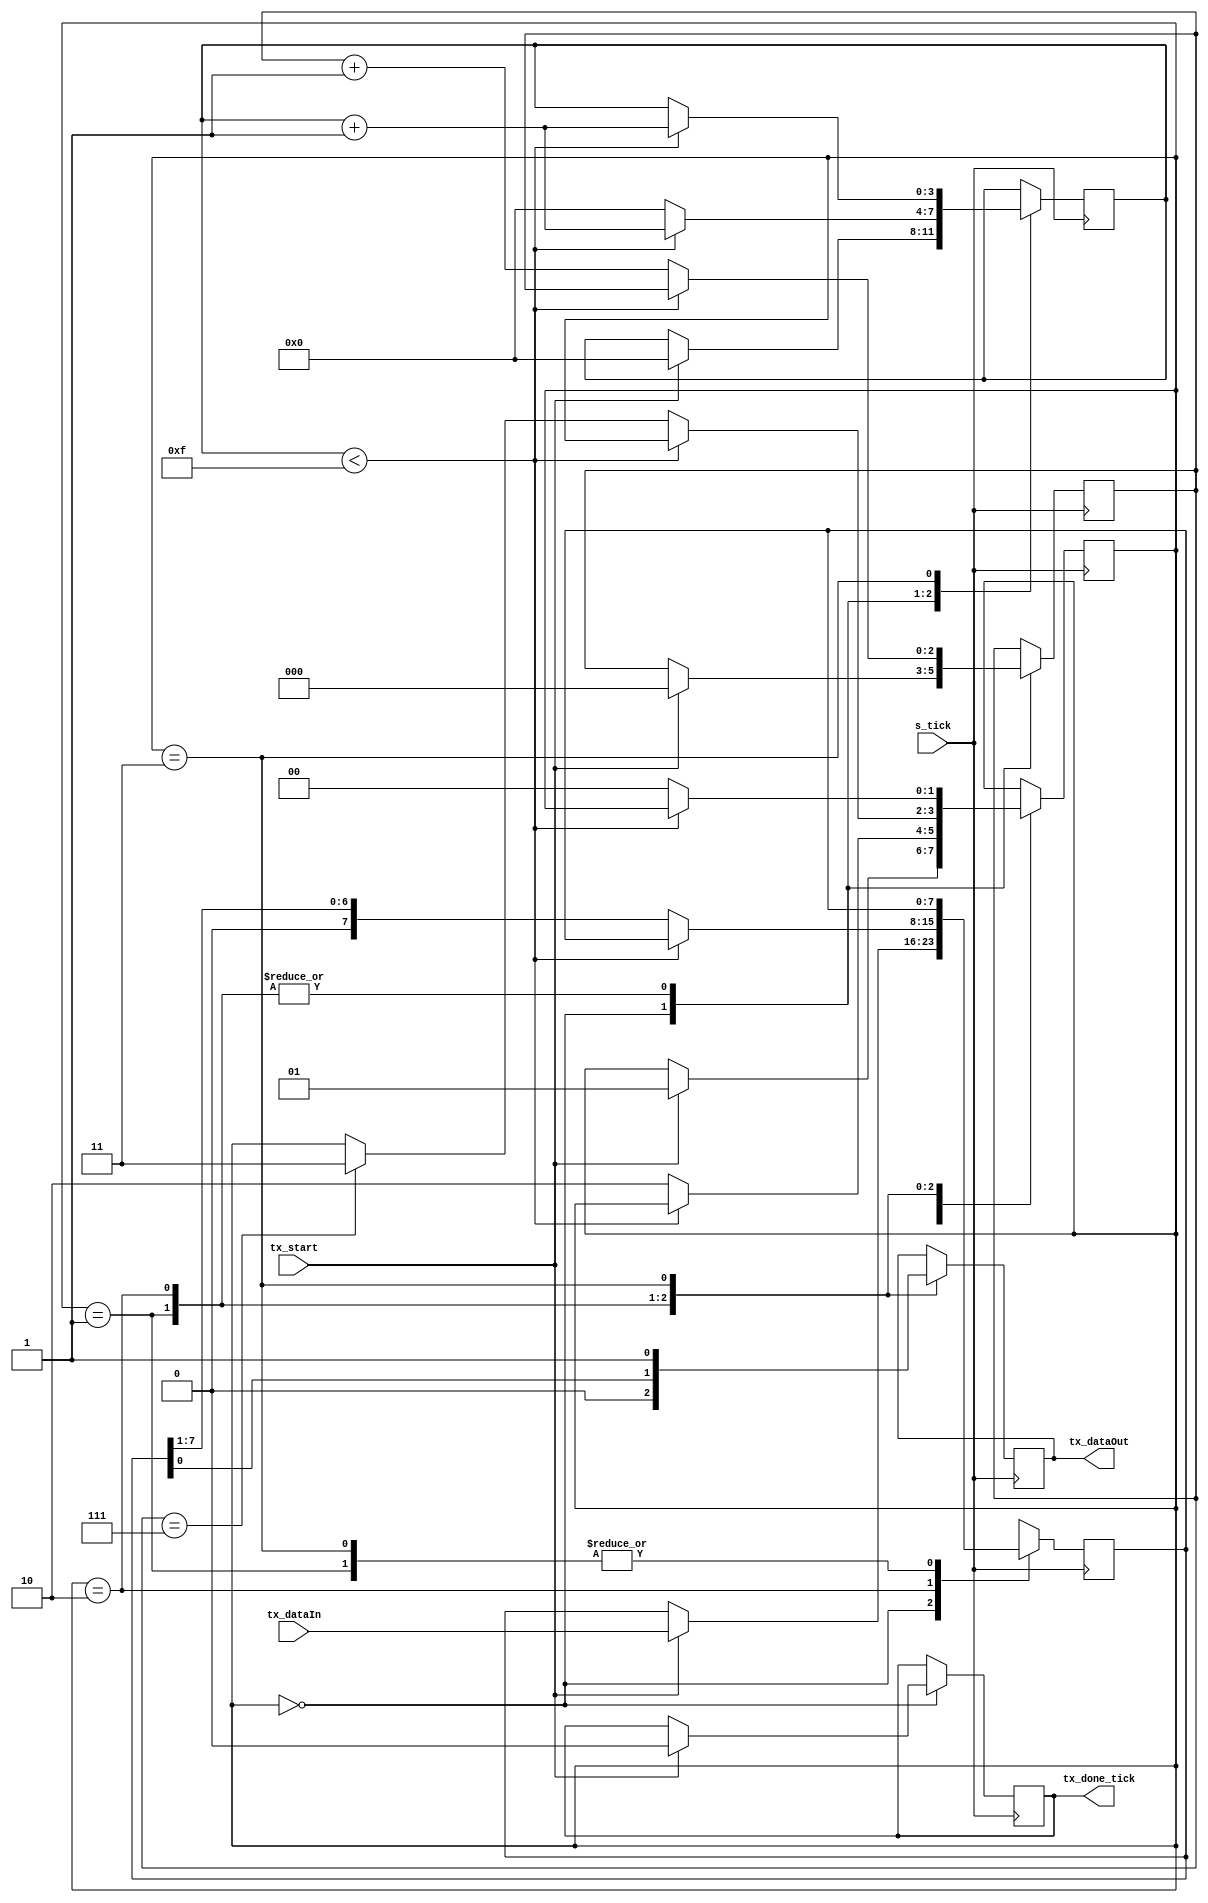
`timescale 1ns/1ns
module Transmitter
#( parameter DBit=8,SBit=16//to make 1 stop bit 
)
(
input tx_start,s_tick,
input [7:0]tx_dataIn,
output reg tx_done_tick,tx_dataOut
);
reg [1:0]state;
reg[3:0]tickCounter;
reg[2:0]n;
localparam IDLE=0,Start=1,Data=2,Stop=3;
reg[7:0] data;//buffer
initial
begin
    state<=IDLE;
    n<=0;
    tickCounter<=0;
    tx_dataOut<=1;
    data<=0;
    tx_done_tick<=0;
  end
  
always @(posedge s_tick)//as it start only in tx_start and s_tick
    case(state)
        IDLE:
         begin
            if(tx_start==1) // fifo is not empty
              begin
                tx_done_tick <= 1;
                #15
                tx_done_tick <= 0;
                state<=Start;
                tickCounter<=0;
                n<=0;
                #5
                data=tx_dataIn;  
              end
          end
        Start:
          begin
            tx_dataOut<=0;
            if(tickCounter<15)
              begin
                tickCounter<=tickCounter+1;
              end
            else
              begin
                tickCounter<=0;
                state<=Data;
                n<=n+1;
              end
           end
        Data:
           begin
             tx_dataOut<=data[0];   
             if(tickCounter<15)
                 begin
                     tickCounter<=tickCounter+1;
                  end
             else
                 begin
                      tickCounter<=0;
                      data<=data>>1;
                      n<=n+1;
                      if(n==DBit-1)
                        begin
                          state<=Stop;
                        end
                  end
            end
        Stop:
          begin
            tx_dataOut<=1;
            if(tickCounter<SBit-1)
                begin
                    tickCounter<=tickCounter+1;
                end
            else
                begin
                    state<=IDLE;
                    tx_dataOut <= 1;
                end
          end
    endcase
    
endmodule